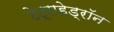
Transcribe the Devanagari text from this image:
टेट्राहेड्रॉन